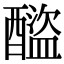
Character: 𨣕